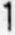
1